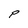
Character: P